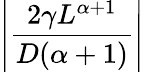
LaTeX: \left|\frac{2\gamma L^{\alpha+1}}{D(\alpha+1)}\right|